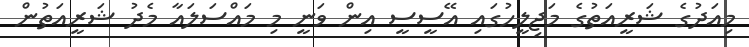
މިއަދުގެ ޝަރީއަތުގެ މަޖިލީހުގައި އޭސީސީ އިން ވަނީ މި މައްސަލައާ މެދު ޝަރީއަތުން